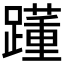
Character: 𨆟